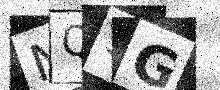
Text: NQ9G